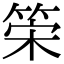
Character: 筞